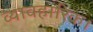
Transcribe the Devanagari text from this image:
व्यावहारिक।